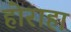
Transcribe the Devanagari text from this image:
होराहा